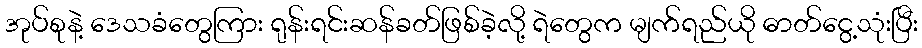
အုပ်စုနဲ့ ဒေသခံတွေကြား ရုန်းရင်းဆန်ခတ်ဖြစ်ခဲ့လို့ ရဲတွေက မျက်ရည်ယို ဓာတ်ငွေ့သုံးပြီး